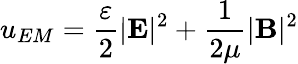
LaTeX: u_{EM}={\frac{\varepsilon}{2}}|\mathbf{E}|^{2}+{\frac{1}{2\mu}}|\mathbf{B}|^{2}